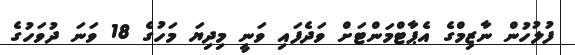
ފުލުހުން ނާޒިމްގެ އެޕާޓްމަންޓަށް ވަދެފައި ވަނީ މިދިޔަ މަހުގެ 18 ވަނަ ދުވަހުގެ